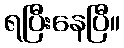
ရပြီးနေပြီ။